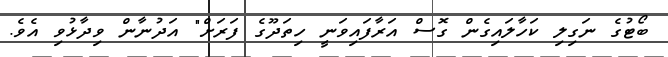
ބޯޓުގެ ނަގިލި ކަހާލައިގެން ގޮސް އަރާފައިވަނީ ހިތަދޫގެ ފަރަށް" އަދުނާން ވިދާޅުވި އެވެ.